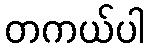
တကယ်ပါ